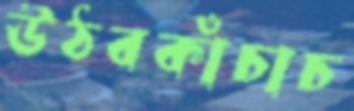
উঠবকাঁচাচ